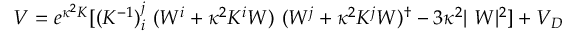
V = e ^ { \kappa ^ { 2 } K } [ ( K ^ { - 1 } ) _ { i } ^ { j } ~ ( W ^ { i } + \kappa ^ { 2 } K ^ { i } W ) ~ ( W ^ { j } + \kappa ^ { 2 } K ^ { j } W ) ^ { \dagger } - 3 \kappa ^ { 2 } \vert ~ W \vert ^ { 2 } ] + V _ { D }